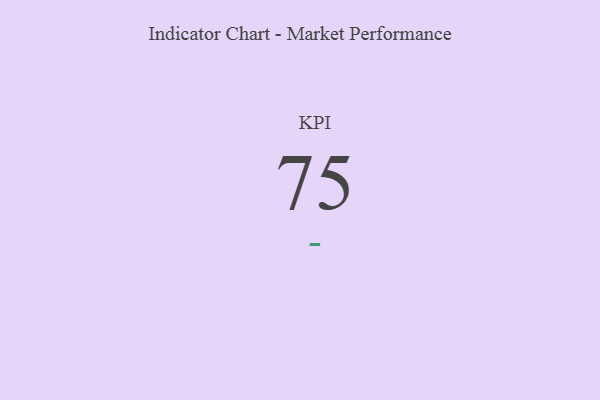
{"axis": {"x": "KPI", "y": "Value"}, "legend": [""], "data": [{"x": "KPI", "y": 75, "type": ""}]}